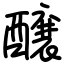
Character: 醸